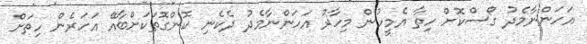
އަހަންނާމެދު ގޯސްކޮށް ހިތާ އެމީހުން މިހާރު އަހަންނާމެދު ދެކެނި ކޮންގޮތަކަށްބާއޭ އަހަރެން ހިތަށް